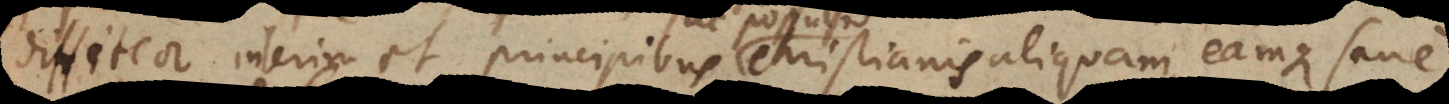
diffiteor interim et principibus Christianis aliquam, eamque